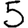
Digit: 5